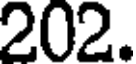
202.